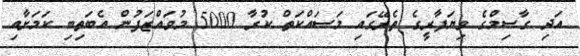
އަދި ގާސިމްގެ ވިޔަފާރީގެ ތެރޭގައި މަސައްކަތް ކުރާ 5000 މުވައްޒަފުން އެބަތިބި ކަމަށާއި